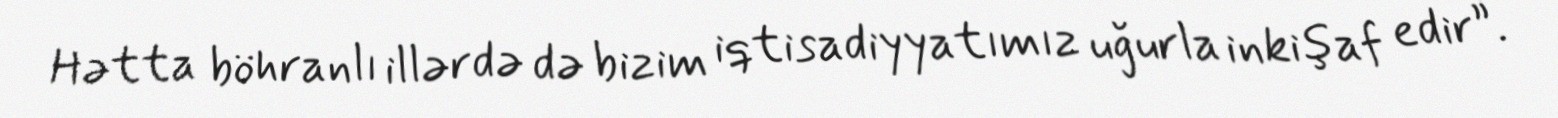
Hətta böhranlı illərdə də bizim iqtisadiyyatımız uğurla inkişaf edir”.